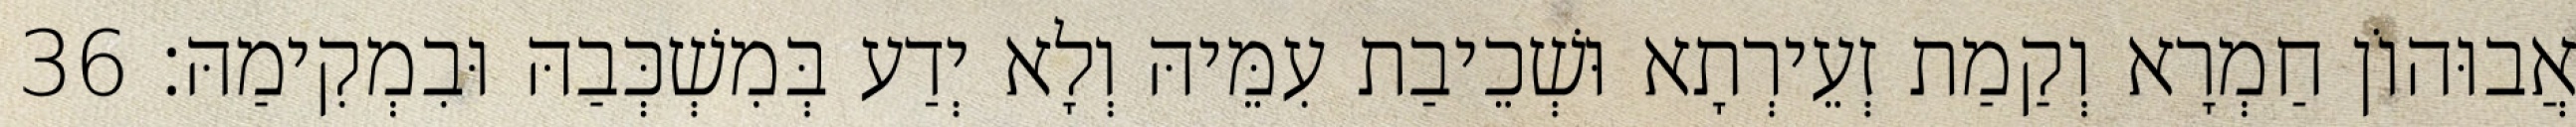
אֲבוּהוֹן חַמְרָא וְקַמַת זְעֵירְתָא וּשְׁכֵיבַת עִמֵּיהּ וְלָא יְדַע בְּמִשְׁכְּבַהּ וּבִמְקִימַהּ׃ 36